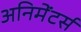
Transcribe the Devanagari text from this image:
अनिमेंटर्स